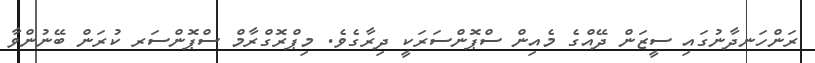
ރަންހަނދާނުގައި ސީޒަން ދޭއްގެ މެއިން ސްޕޮންސަރަކީ ދިރާގެވެ. މިޕްރޮގްރާމް ސްޕޮންސަރ ކުރަން ބޭނުންވާ